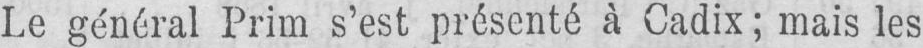
Le général Prim s’est présenté à Cadix; mais les